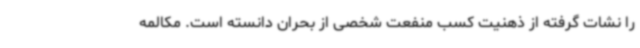
را نشات گرفته از ذهنیت کسب منفعت شخصی از بحران دانسته است. مکالمه